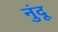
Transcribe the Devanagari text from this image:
नुंदू